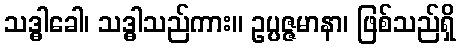
သဒ္ဓါခေါ၊ သဒ္ဓါသည်ကား။ ဥပ္ပဇ္ဇမာနာ၊ ဖြစ်သည်ရှိ